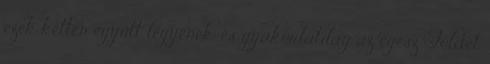
ezek ketten együtt legyenek, és gyakorlatilag az egész Földet